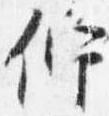
佇